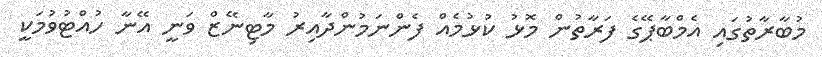
މުބާރާތުގައި އެމްބާޕޭގެ ފަރާތުން މޮޅު ކުޅުމެއް ފެންނަމުންދާއިރު މާޓިނޭޒް ވަނީ އޭނާ ހުއްޓުވުމަކީ